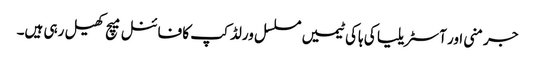
جرمنی اور آسٹریلیا کی ہاکی ٹیمیں مسلسل ورلڈ کپ کا فائنل میچ کھیل رہی ہیں۔